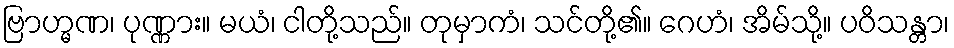
ဗြာဟ္မဏ၊ ပုဏ္ဏား။ မယံ၊ ငါတို့သည်။ တုမှာကံ၊ သင်တို့၏။ ဂေဟံ၊ အိမ်သို့။ ပဝိသန္တာ၊